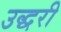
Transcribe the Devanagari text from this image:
उद्धरी